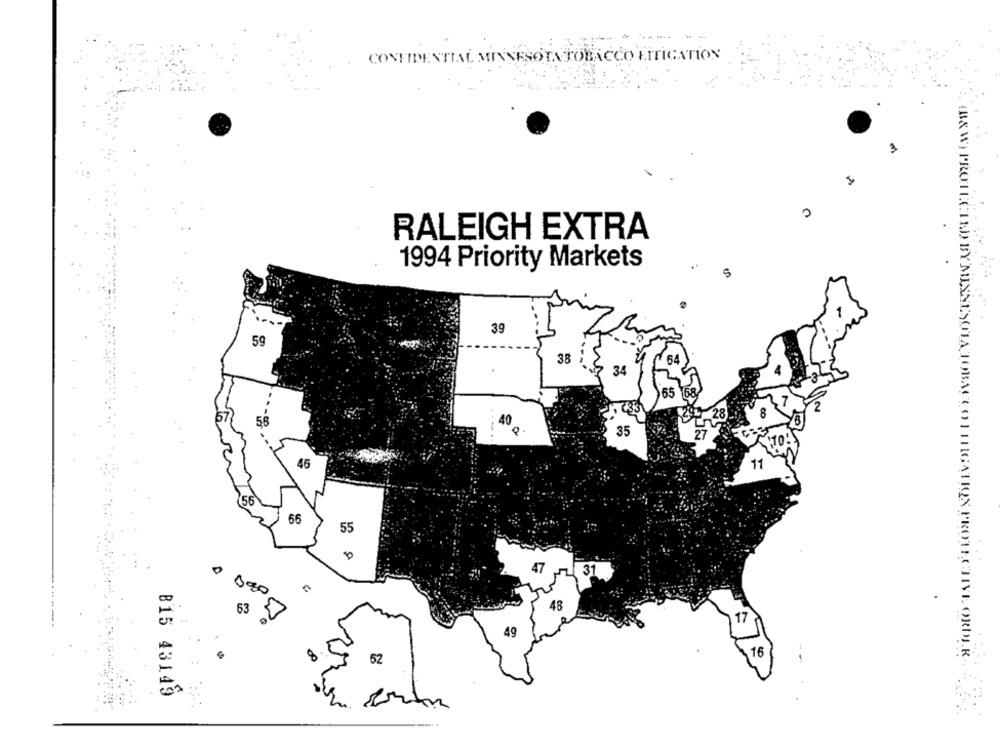
CONFIDENTIAL MINNESOTA TOBACCO LITIGATION
3
.
RALEIGH EXTRA
.
1994 Priority Markets
39
59
38
64
34
165
40
56
0
35
46
11
56
66
55
0
63
49
52
B15 43149
(B& W) PROTECTED BY MINNESOTA TOBACCO 1 HHIGATION PROTECTIVE ORDER. 5 25